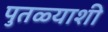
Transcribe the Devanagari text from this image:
पुतळ्याशी